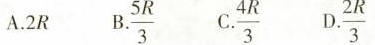
A.2R B.\frac{5R}{3} C.\frac{4R}{3} D.\frac{2R}{3}